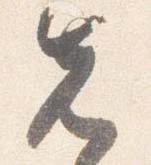
先